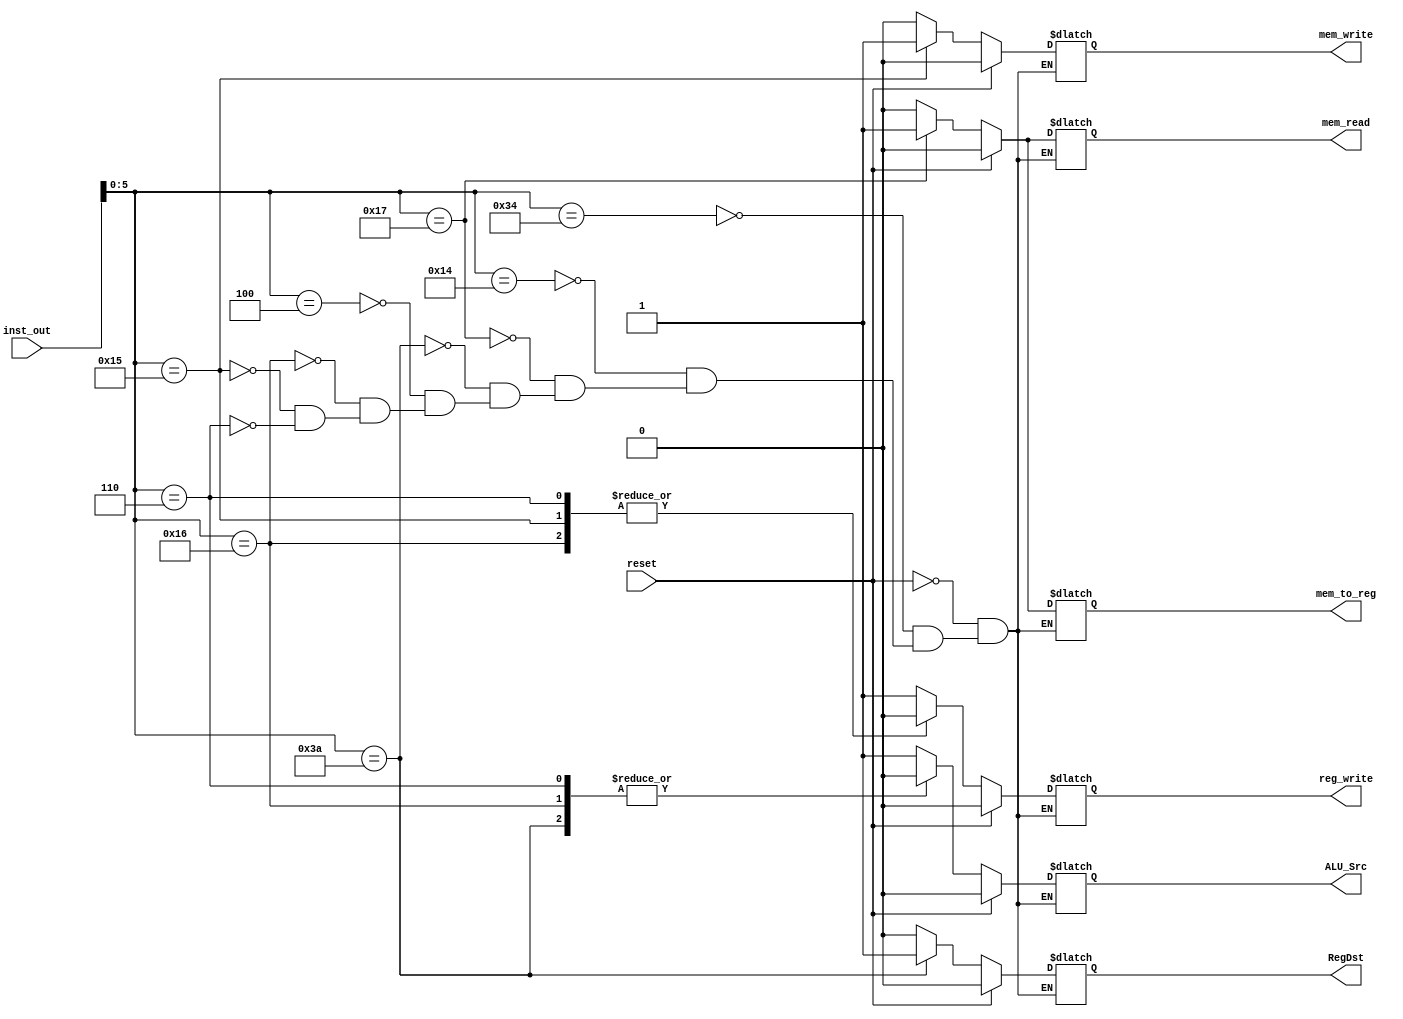
//Control Unit: ctrl_unit.v

`timescale 1ns/1ps
module ctrl_unit (reg_write,mem_write,mem_read,ALU_Src,RegDst,mem_to_reg,inst_out,reset);
output reg_write,mem_write,mem_read,ALU_Src,RegDst,mem_to_reg;
input [31:0]inst_out;
input reset;
reg reg_write,mem_write,mem_read,ALU_Src,RegDst,mem_to_reg;

always@(reset or inst_out)
//always@(posedge clock)
 begin
   if(reset)
      begin
	reg_write <= 1'b0;
	mem_write <= 1'b0;
	mem_read <= 1'b0;
	ALU_Src <= 1'b0;
	RegDst <= 1'b0;
	mem_to_reg <= 1'b0;
      end
   else
      begin
	case(inst_out[5:0])
	6'b110100:                         //orhi
	begin
	  reg_write <= 1'b1;
	  mem_write <= 1'b0;
	  mem_read <= 1'b0;
	  ALU_Src <= 1'b1;
          RegDst <= 1'b0;
	  mem_to_reg <= 1'b0;
	end
	6'b010100:                         //ori
	begin 
	  reg_write <= 1'b1;
	  mem_write <= 1'b0;
	  mem_read <= 1'b0;
	  ALU_Src <= 1'b1;
	  RegDst <= 1'b0;
	  mem_to_reg <= 1'b0;	
	end
	6'b010111:                      //ldw
	begin
	  reg_write <= 1'b1;
	  mem_write <= 1'b0;
	  mem_read <= 1'b1;
	  ALU_Src <= 1'b1;
	  RegDst <= 1'b0;
	  mem_to_reg <= 1'b1;
	end
	6'b111010:                      //add
	begin
	  reg_write <= 1'b1;
	  mem_write <= 1'b0;
	  mem_read <= 1'b0;
	  ALU_Src <= 1'b0;
	  RegDst <= 1'b1;
	  mem_to_reg <= 1'b0;
	end
	6'b111010:                      //mul
	begin
	  reg_write <= 1'b1;
	  mem_write <= 1'b0;
	  mem_read <= 1'b0;
	  ALU_Src <= 1'b0;
	  RegDst <= 1'b1;
	  mem_to_reg <= 1'b0;
	end
	6'b000100:                      //addi
	begin
	  reg_write <= 1'b1;
	  mem_write <= 1'b0;
	  mem_read <= 1'b0;
	  ALU_Src <= 1'b1;
	  RegDst <= 1'b0;
	  mem_to_reg <= 1'b0;
	end
	6'b010110:                      //blt
	begin
	  reg_write <= 1'b0;
	  mem_write <= 1'b0;
	  mem_read <= 1'b0;
	  ALU_Src <= 1'b0;
	  RegDst <= 1'b0;
	  mem_to_reg <= 1'b0;
	end
	6'b010101:                      //stw
	begin
	  reg_write <= 1'b0;
	  mem_write <= 1'b1;
	  mem_read <= 1'b0;
	  ALU_Src <= 1'b1;
	  RegDst <= 1'b0;
	  mem_to_reg <= 1'b0;
	end
        6'b000110:                      //br
	begin
	  reg_write <= 1'b0;
	  mem_write <= 1'b0;
	  mem_read <= 1'b0;
	  ALU_Src <= 1'b0;
	  RegDst <= 1'b0;
	  mem_to_reg <= 1'b0;
	end
	endcase
   end
end
endmodule